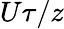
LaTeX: U\tau/z